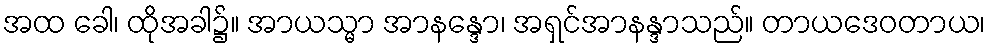
အထ ခေါ၊ ထိုအခါ၌။ အာယသ္မာ အာနန္ဒော၊ အရှင်အာနန္ဒာသည်။ တာယဒေဝတာယ၊